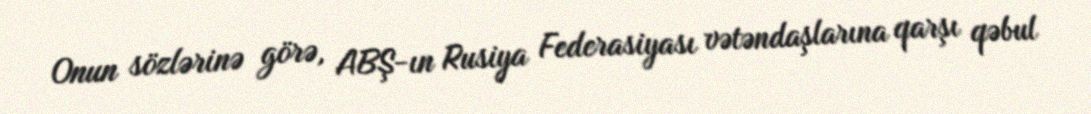
Onun sözlərinə görə, ABŞ-ın Rusiya Federasiyası vətəndaşlarına qarşı qəbul